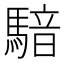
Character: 𱄧